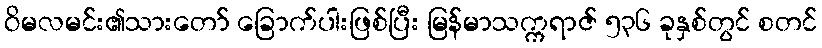
ဝိမလမင်း၏သားတော် ခြောက်ပါးဖြစ်ပြီး မြန်မာသက္ကရာဇ် ၅၃၆ ခုနှစ်တွင် စတင်